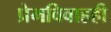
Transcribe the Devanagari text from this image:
प्रेमविवाहही